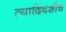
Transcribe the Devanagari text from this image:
त्यादिवशीच